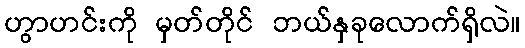
ဟွာဟင်းကို မှတ်တိုင် ဘယ်နှခုလောက်ရှိလဲ။